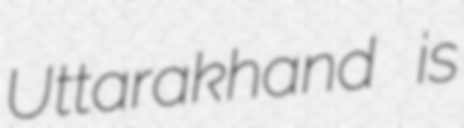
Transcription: Uttarakhand is